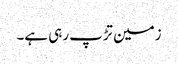
زمین تڑپ رہی ہے۔